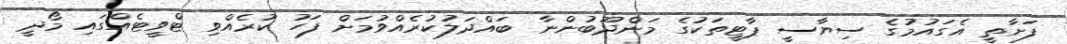
ފަށާތީ އެގައުމުގެ ސިޔާސީ ޕާޓީތަކުގެ މަންދޫބުންނާ ބައްދަލުކުރެއްވުމަށް ފަހު ކުރެއްވި ޓްވީޓެއްގައި މޯދީ